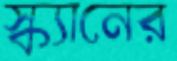
স্ক্যানের